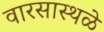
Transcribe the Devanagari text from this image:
वारसास्थळे